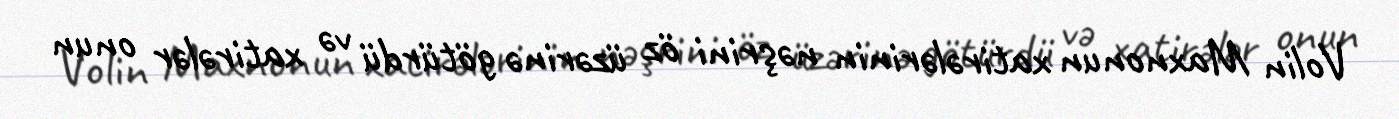
Volin Maxnonun xatirələrinin nəşrini öz üzərinə götürdü və xatirələr onun